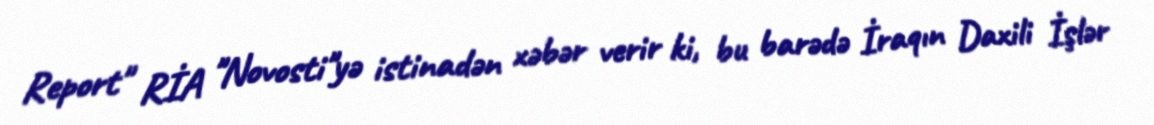
Report" RİA "Novosti"yə istinadən xəbər verir ki, bu barədə İraqın Daxili İşlər